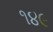
૧૪૯